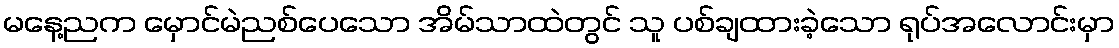
မနေ့ညက မှောင်မဲညစ်ပေသော အိမ်သာထဲတွင် သူ ပစ်ချထားခဲ့သော ရုပ်အလောင်းမှာ